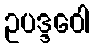
ဥပဒ္ဒဝေါ